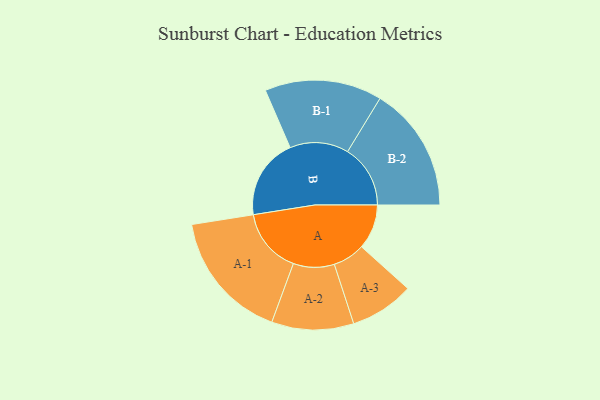
{"axis": {"x": "Segment", "y": "Value"}, "legend": ["", "A", "B"], "data": [{"x": "A", "y": 196, "type": ""}, {"x": "B", "y": 353, "type": ""}, {"x": "A-1", "y": 284, "type": "A"}, {"x": "A-2", "y": 179, "type": "A"}, {"x": "A-3", "y": 140, "type": "A"}, {"x": "B-1", "y": 256, "type": "B"}, {"x": "B-2", "y": 274, "type": "B"}]}